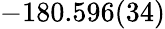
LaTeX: -180.596(34)